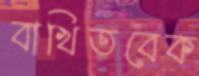
বাখিতবেক